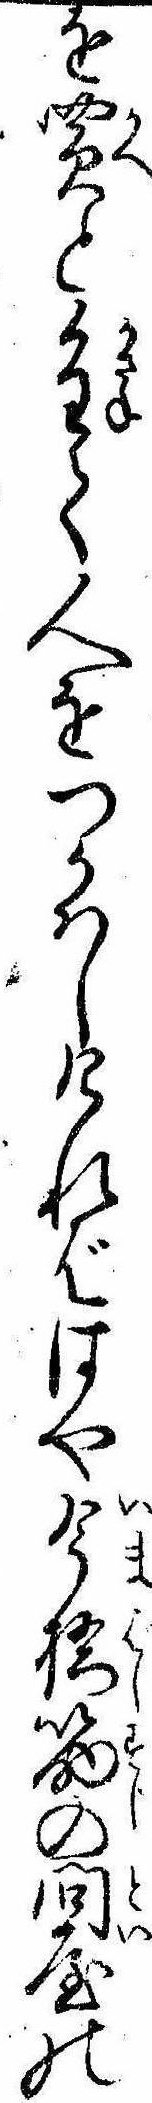
を買と重て人をつかはしければはや今橋筋の問屋の